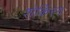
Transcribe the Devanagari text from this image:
शेकिंरग